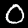
Label: 0